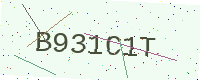
Text: B931C1T